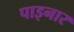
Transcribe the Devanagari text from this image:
पाइनार